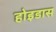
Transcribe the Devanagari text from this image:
होइडास